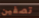
تصفين